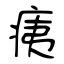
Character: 痍